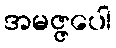
အမဇ္ဇပေါ